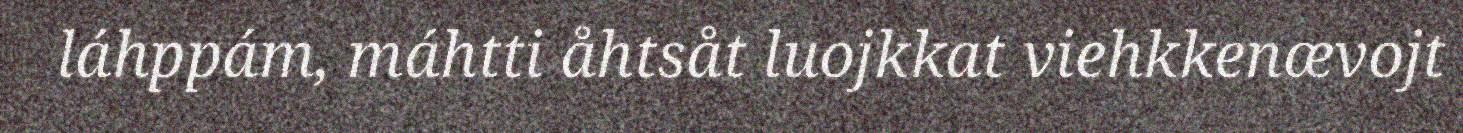
láhppám, máhtti åhtsåt luojkkat viehkkenævojt